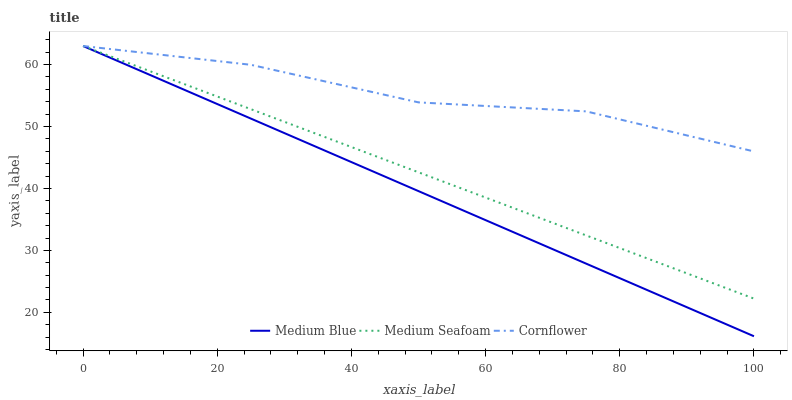
| xaxis_label | Medium Blue | Medium Seafoam | Cornflower |
 | --- | --- | --- | --- |
 | 0 | 63 | 63 | 63 |
 | 25 | 51.3 | 52.8 | 60 |
 | 50 | 39.6 | 42.6 | 53.9 |
 | 75 | 27.9 | 32.4 | 52.4 |
 | 100 | 16.1 | 22.2 | 46 |